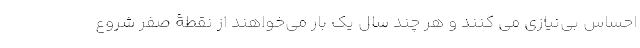
احساس بی‌نیازی می کنند و هر چند سال یک بار می‌خواهند از نقطۀ صفر شروع